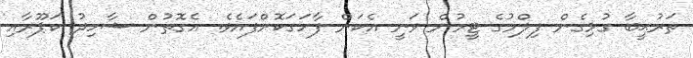
ތަރުޙީބާ ގުޅިގެން ފިލްމުގެ ޓީމުން ވަނީ އެކަން ފާހަގަކޮށްފައެވެ. އެގޮތުން ޝާހިދު ކަޕޫރާއި